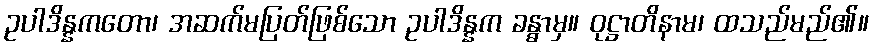
ဥပါဒိန္နကတော၊ အဆက်မပြတ်ဖြစ်သော ဥပါဒိန္နက ခန္ဓာမှ။ ဝုဋ္ဌာတိနာမ၊ ထသည်မည်၏။